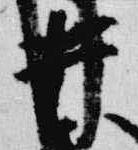
井